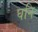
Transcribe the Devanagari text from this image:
घनि